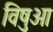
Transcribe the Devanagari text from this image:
विषुआ